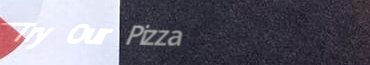
Try Our Pizza